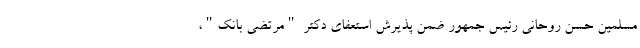
مسلمین حسن روحانی رئیس جمهور ضمن پذیرش استعفای دکتر "مرتضی بانک"،